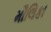
મૌલિકા